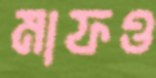
মাফও